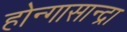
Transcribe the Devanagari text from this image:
होन्गासान्द्रा